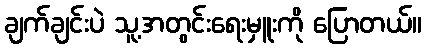
ချက်ချင်းပဲ သူ့အတွင်းရေးမှူးကို ပြောတယ်။